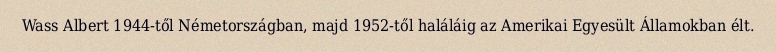
Wass Albert 1944-től Németországban, majd 1952-től haláláig az Amerikai Egyesült Államokban élt.